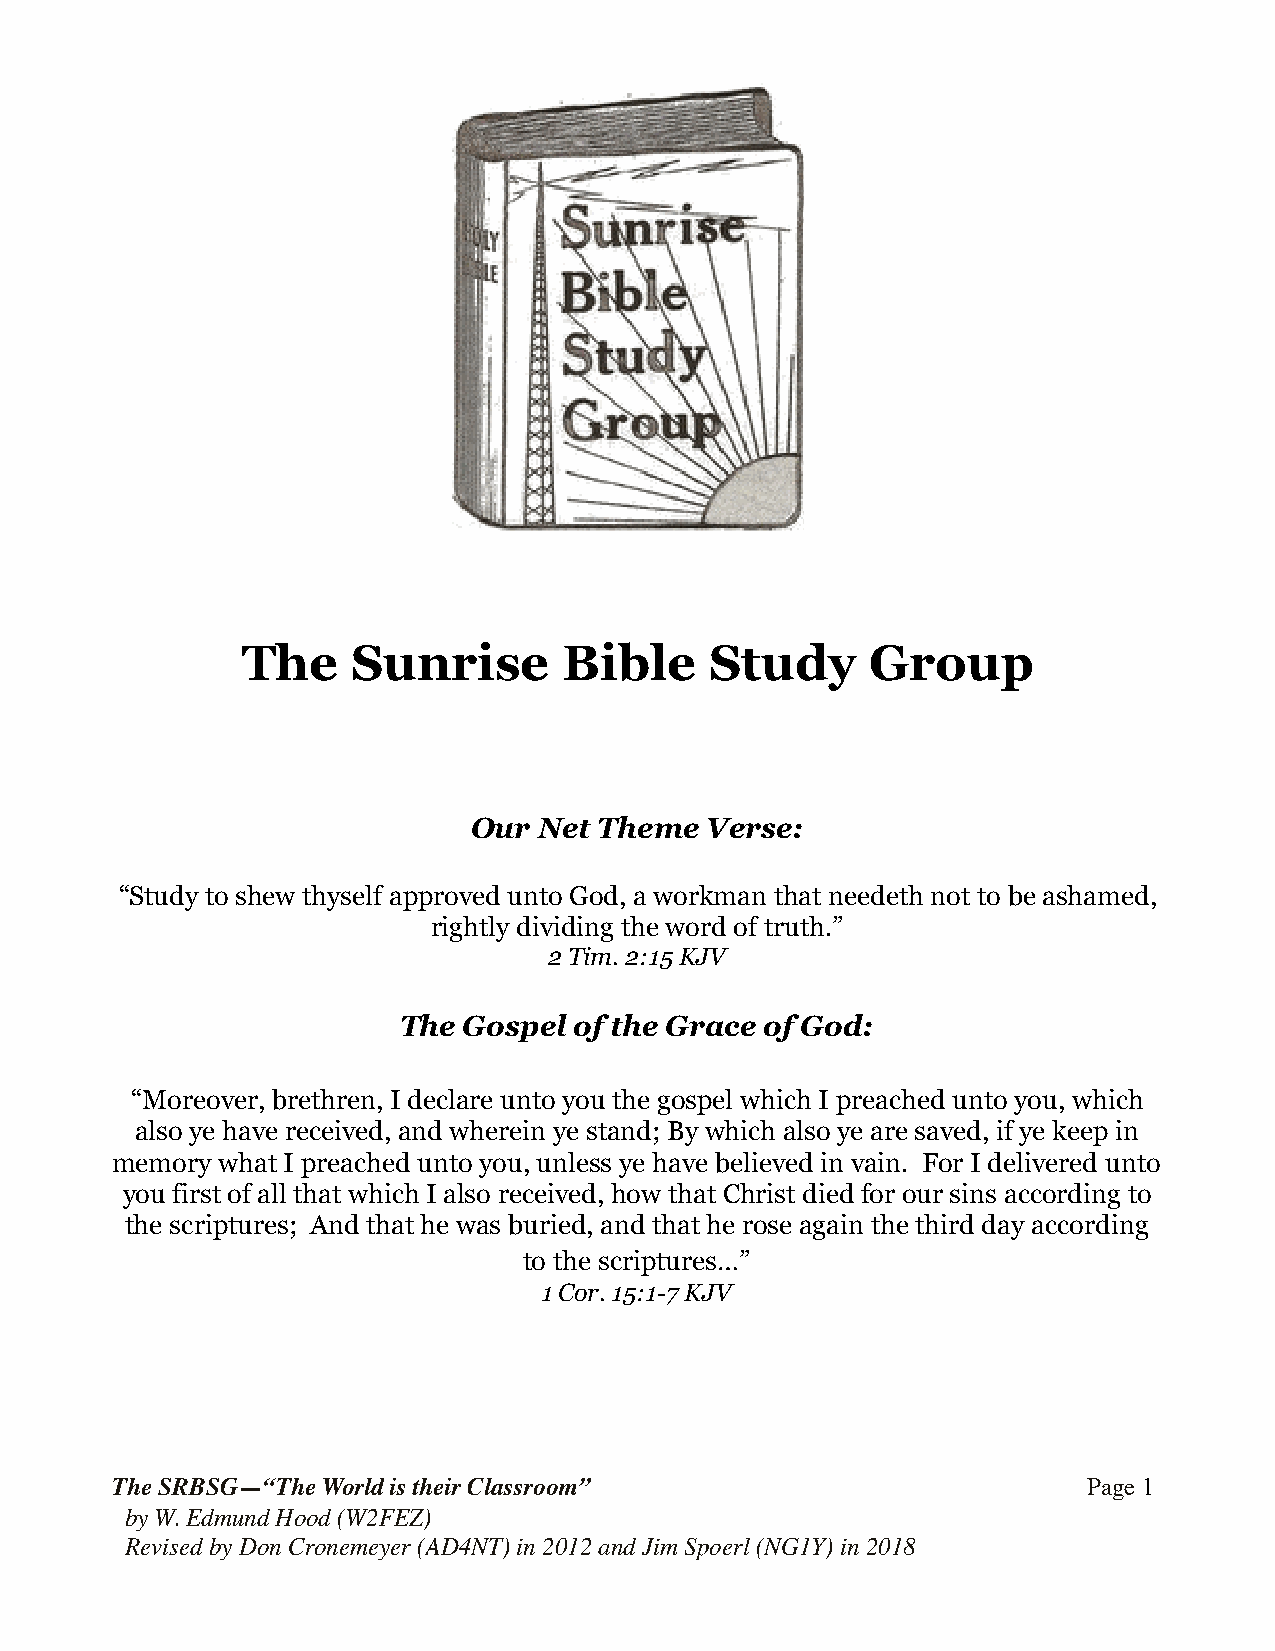
The    Sunrise       Bible     Study      Group
 Our  Net Theme  Verse:
 “Study to shew thyself approved unto God, a workman that needeth not to be ashamed,
 rightly dividing the word of truth.”
 2 Tim. 2:15 KJV
 The  Gospel of the Grace of God:
 “Moreover, brethren, I declare unto you the gospel which I preached unto you, which
 also ye have received, and wherein ye stand; By which also ye are saved, if ye keep in
 memory what I preached unto you, unless ye have believed in vain. For I delivered unto
 you first of all that which I also received, how that Christ died for our sins according to
 the scriptures; And that he was buried, and that he rose again the third day according
 to the scriptures…”
 1 Cor. 15:1-7 KJV
 The SRBSG—“The World is their Classroom”                         Page !1
 by W. Edmund Hood (W2FEZ)
 Revised by Don Cronemeyer (AD4NT) in 2012 and Jim Spoerl (NG1Y) in 2018